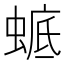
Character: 𧍉